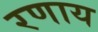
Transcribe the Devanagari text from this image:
रणाय